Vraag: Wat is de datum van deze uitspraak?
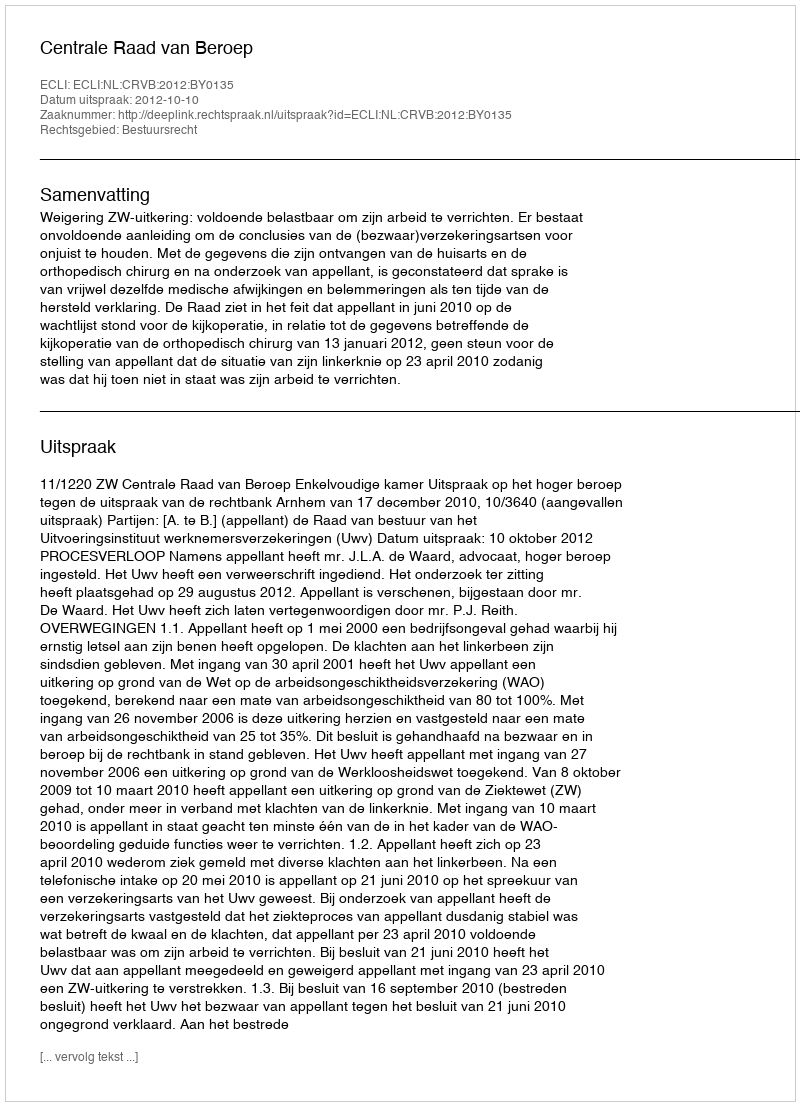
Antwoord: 2012-10-10